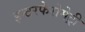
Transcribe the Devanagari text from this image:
इन्टरफेरोमेट्री